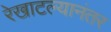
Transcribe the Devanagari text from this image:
रेखाटल्यानंतर